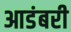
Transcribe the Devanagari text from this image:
आडंबरी